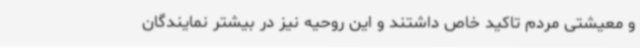
و معیشتی مردم تاکید خاص داشتند و این روحیه نیز در بیشتر نمایندگان